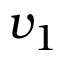
v _ { 1 }